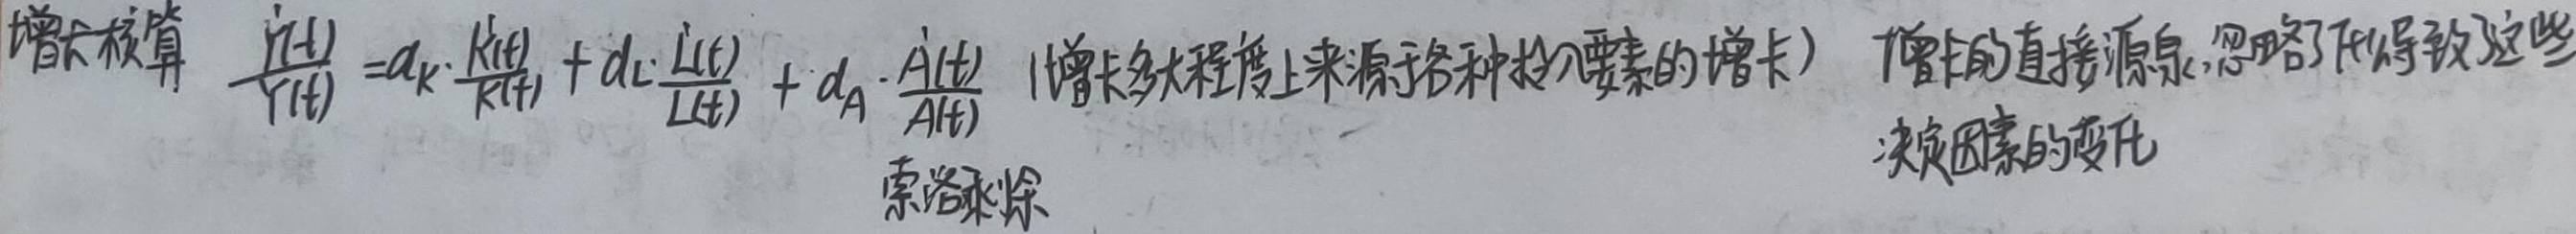
增长核算 $\frac{\dot{Y}(t)}{Y(t)} = \alpha_{K}\cdot\frac{\dot{K}(t)}{K(t)} + \alpha_{L}\cdot\frac{\dot{L}(t)}{L(t)} + \alpha_{A}\cdot\frac{\dot{A}(t)}{A(t)}$ （增长多大程度上来源于各种投入要素的增长） 索洛余除
增长的直接源泉,忽略了F使得这些
决定因素的变化